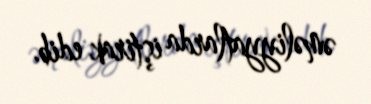
əməliyyatlarda iştirak edib.